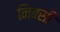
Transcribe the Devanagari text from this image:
निबसी